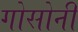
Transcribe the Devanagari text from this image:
गोसोनी